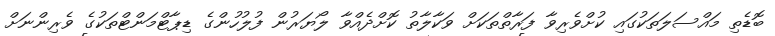
ބޮޑެތި މައްސަލަތަކުގައި ކުށްވެރިވާ ފަރާތްތަކަށް ވަކާލާތު ކޮށްދެއްވާ ލޯޔަރުން ފުލުހުންގެ ޑިޕާޓްމަންޓްތަކުގެ ވެރިންނަށް